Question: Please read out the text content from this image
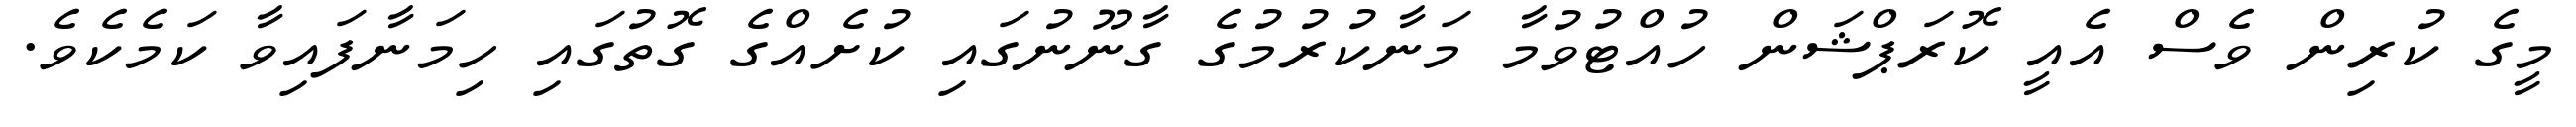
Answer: މީގެ ކުރިން ވެސް އެއީ ކޮރަޕްޝަން ހުއްޓުވުމާ މަނާކުރުމުގެ ގާނޫނުގައި ކުށެއްގެ ގޮތުގައި ހިމަނާފައިވާ ކަމެކެވެ.